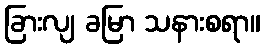
ခြားလျ ခမြာ သနားစရာ။